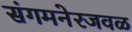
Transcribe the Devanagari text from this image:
संगमनेरजवळ